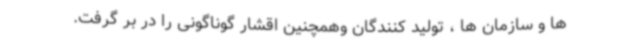
ها و سازمان ها ، تولید کنندگان وهمچنین اقشار گوناگونی را در بر گرفت.